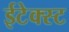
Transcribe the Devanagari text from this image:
ईटेक्स्ट